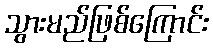
သွားမည်ဖြစ်ကြောင်း